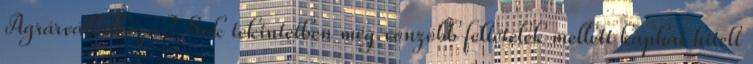
Agrárvállalkozó? Sok tekintetben még vonzóbb feltételek mellett kaphat hitelt